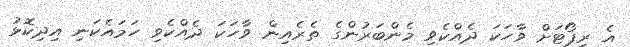
އެ ރިޕޯޓަށް ވާހަކަ ދެއްކެވި މެންބަރުންގެ ތެރެއިން ވާހަކަ ދެއްކެވި ހަމައެކަނި އިދިކޮޅު